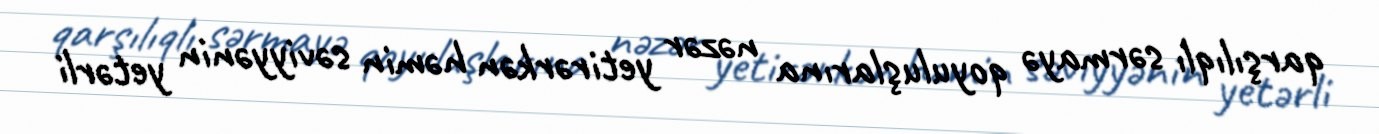
qarşılıqlı sərmayə qoyuluşlarına nəzər yetirərkən həmin səviyyənin yetərli